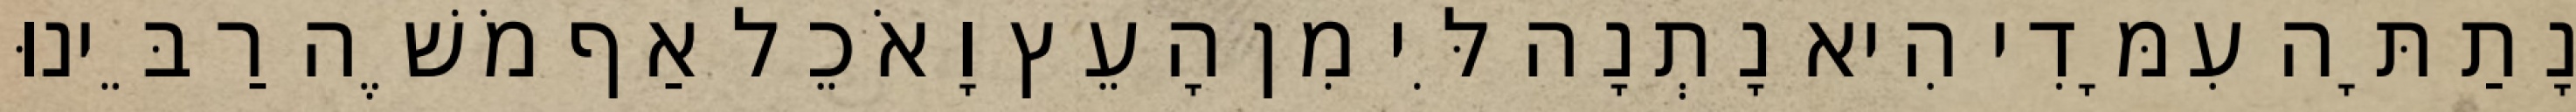
נָתַתָּה עִמָּדִי הִיא נָתְנָה לִּי מִן הָעֵץ וָאֹכֵל אַף מֹשֶׁה רַבֵּינוּ